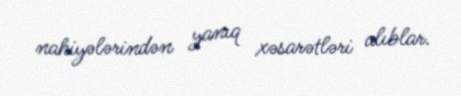
nahiyələrindən yanıq xəsarətləri alıblar.